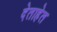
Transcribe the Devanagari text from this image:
देताहेत